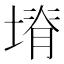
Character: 塉